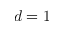
d = 1